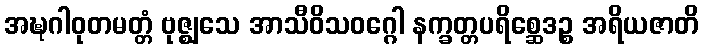
အဍ္ဎဂါဝုတမတ္တံ ဗုဇ္ဈသေ အာသီဝိသဝဂ္ဂေါ နက္ခတ္တပရိစ္ဆေဒဉ္စ အရိယဇာတိ